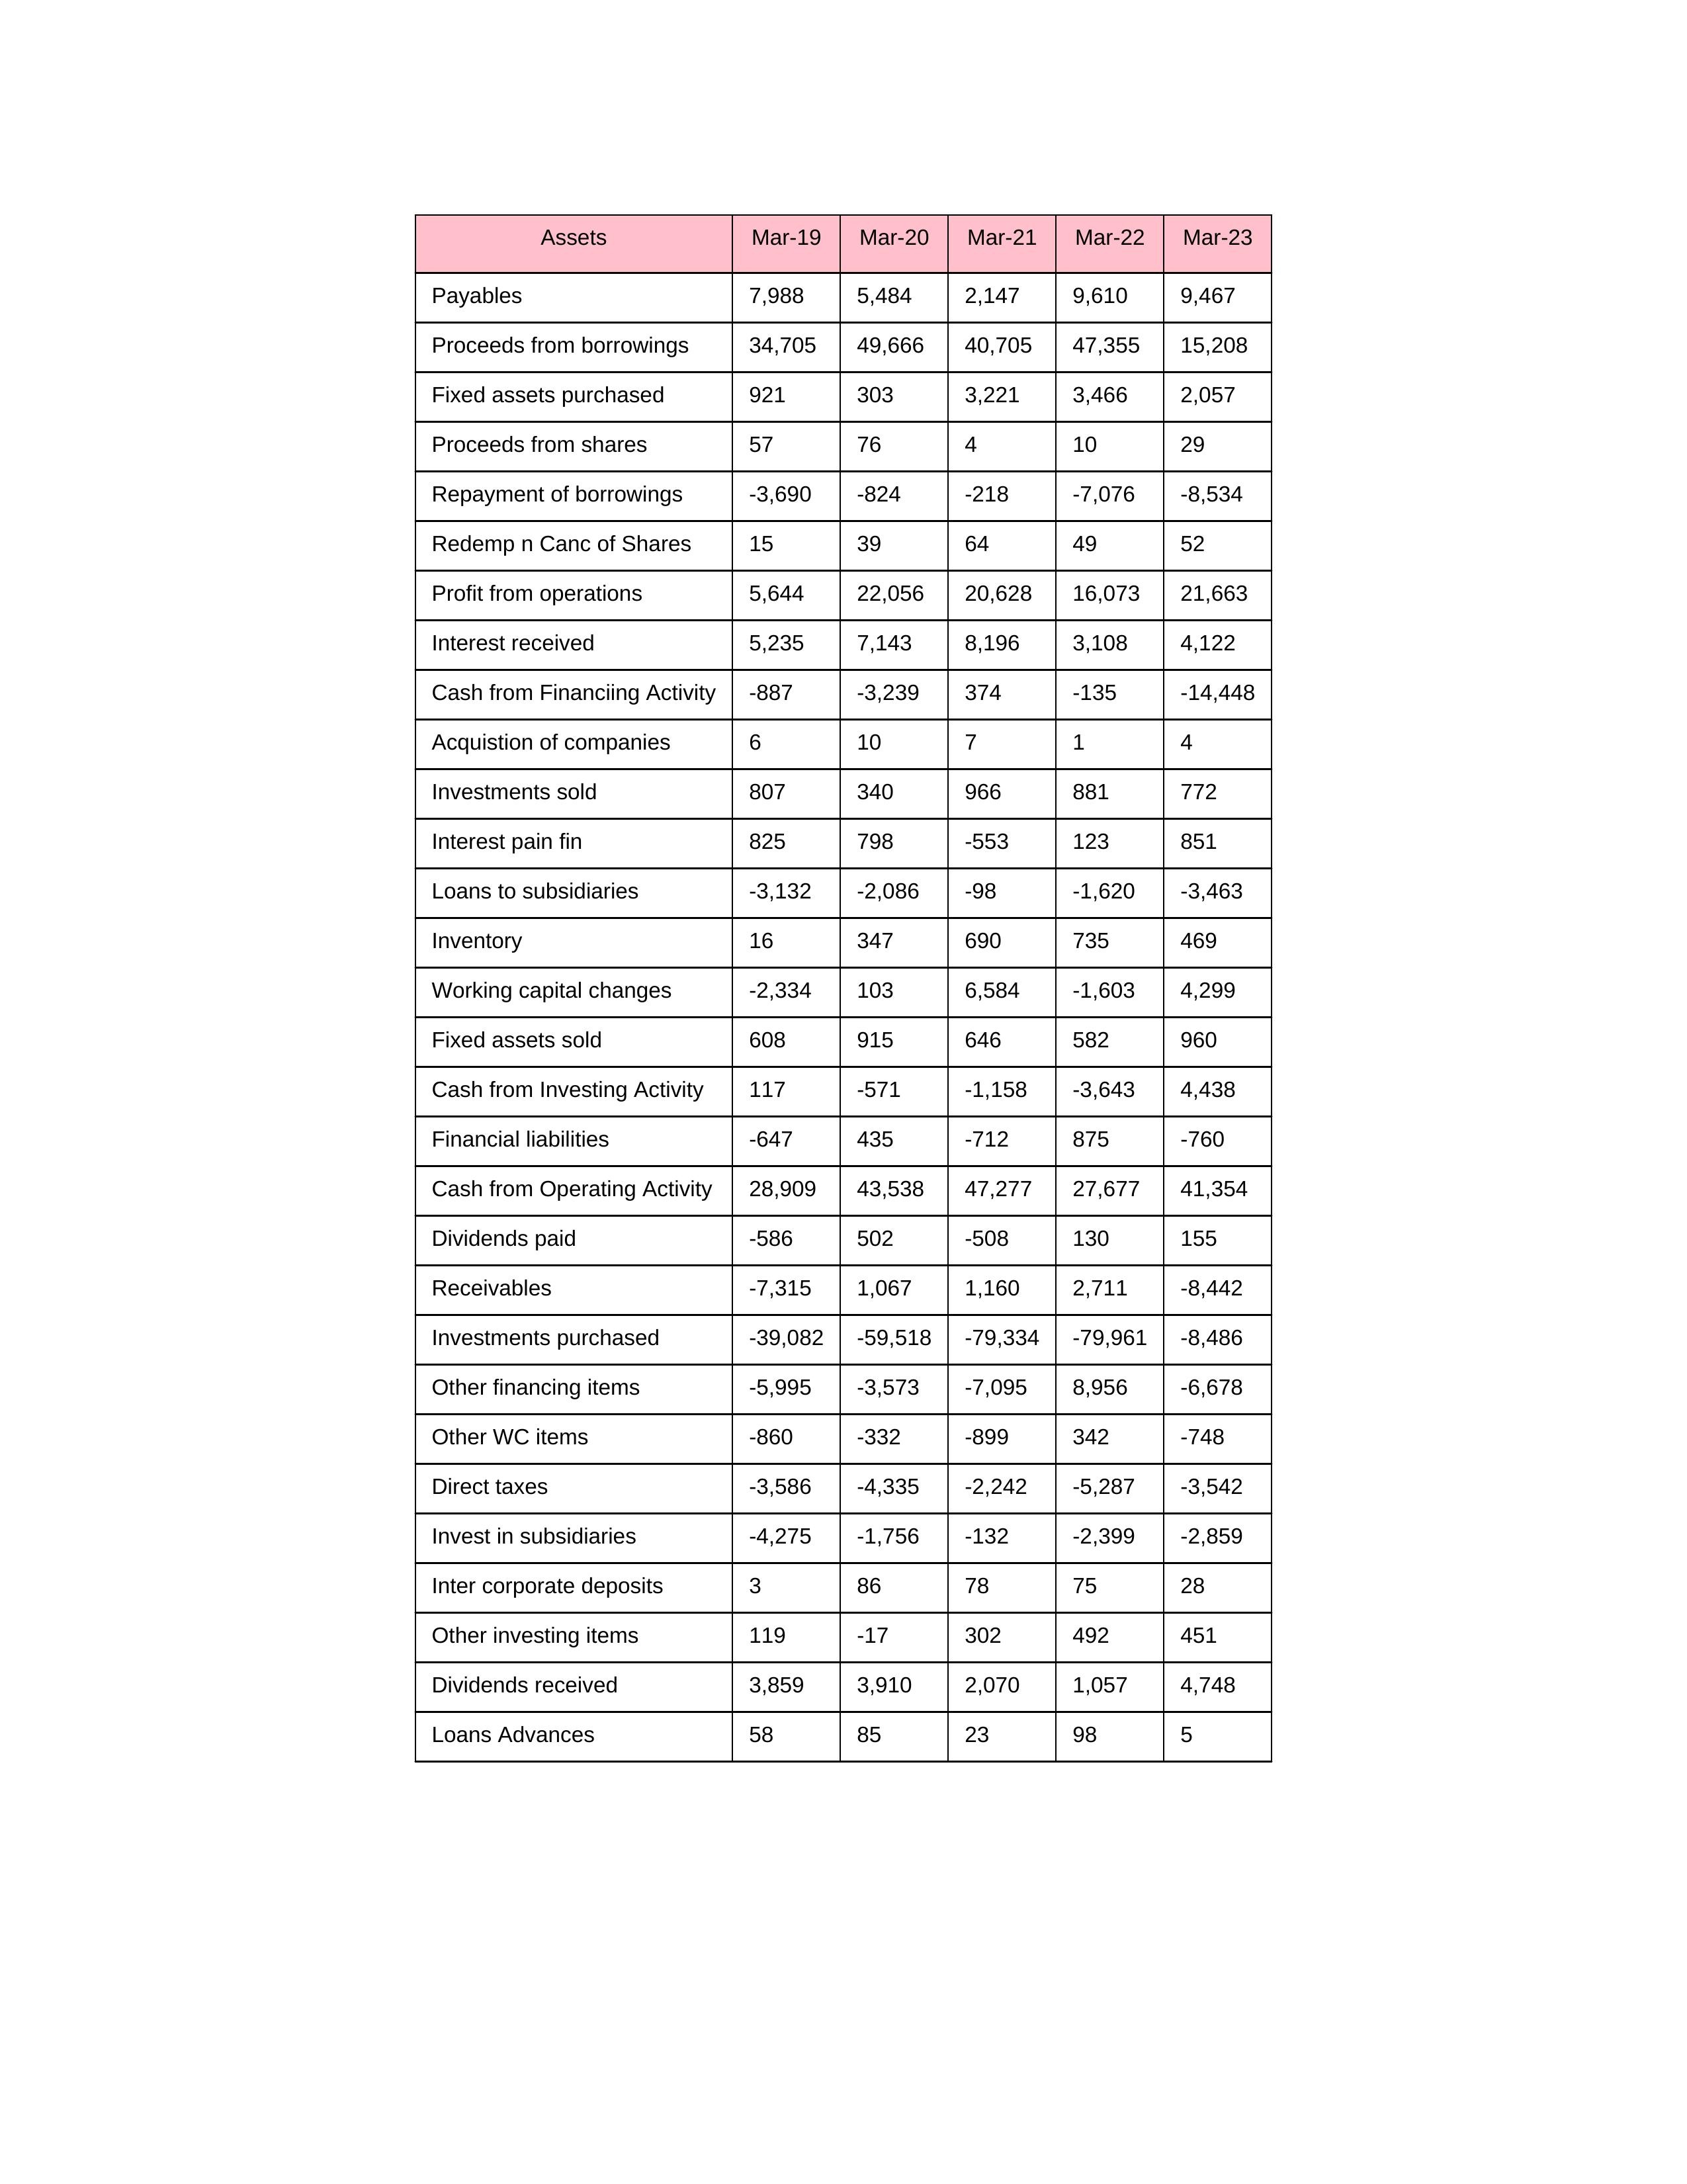
gt_parse: Mar-19: Cash from Operating Activity: 28,909
Profit from operations: 5,644
Receivables: -7,315
Inventory: 16
Payables: 7,988
Loans Advances: 58
Other WC items: -860
Working capital changes: -2,334
Direct taxes: -3,586
Cash from Investing Activity: 117
Fixed assets purchased: 921
Fixed assets sold: 608
Investments purchased: -39,082
Investments sold: 807
Interest received: 5,235
Dividends received: 3,859
Invest in subsidiaries: -4,275
Loans to subsidiaries: -3,132
Redemp n Canc of Shares: 15
Acquistion of companies: 6
Inter corporate deposits: 3
Other investing items: 119
Cash from Financiing Activity: -887
Proceeds from shares: 57
Proceeds from borrowings: 34,705
Repayment of borrowings: -3,690
Interest pain fin: 825
Dividends paid: -586
Financial liabilities: -647
Other financing items: -5,995
Mar-20: Cash from Operating Activity: 43,538
Profit from operations: 22,056
Receivables: 1,067
Inventory: 347
Payables: 5,484
Loans Advances: 85
Other WC items: -332
Working capital changes: 103
Direct taxes: -4,335
Cash from Investing Activity: -571
Fixed assets purchased: 303
Fixed assets sold: 915
Investments purchased: -59,518
Investments sold: 340
Interest received: 7,143
Dividends received: 3,910
Invest in subsidiaries: -1,756
Loans to subsidiaries: -2,086
Redemp n Canc of Shares: 39
Acquistion of companies: 10
Inter corporate deposits: 86
Other investing items: -17
Cash from Financiing Activity: -3,239
Proceeds from shares: 76
Proceeds from borrowings: 49,666
Repayment of borrowings: -824
Interest pain fin: 798
Dividends paid: 502
Financial liabilities: 435
Other financing items: -3,573
Mar-21: Cash from Operating Activity: 47,277
Profit from operations: 20,628
Receivables: 1,160
Inventory: 690
Payables: 2,147
Loans Advances: 23
Other WC items: -899
Working capital changes: 6,584
Direct taxes: -2,242
Cash from Investing Activity: -1,158
Fixed assets purchased: 3,221
Fixed assets sold: 646
Investments purchased: -79,334
Investments sold: 966
Interest received: 8,196
Dividends received: 2,070
Invest in subsidiaries: -132
Loans to subsidiaries: -98
Redemp n Canc of Shares: 64
Acquistion of companies: 7
Inter corporate deposits: 78
Other investing items: 302
Cash from Financiing Activity: 374
Proceeds from shares: 4
Proceeds from borrowings: 40,705
Repayment of borrowings: -218
Interest pain fin: -553
Dividends paid: -508
Financial liabilities: -712
Other financing items: -7,095
Mar-22: Cash from Operating Activity: 27,677
Profit from operations: 16,073
Receivables: 2,711
Inventory: 735
Payables: 9,610
Loans Advances: 98
Other WC items: 342
Working capital changes: -1,603
Direct taxes: -5,287
Cash from Investing Activity: -3,643
Fixed assets purchased: 3,466
Fixed assets sold: 582
Investments purchased: -79,961
Investments sold: 881
Interest received: 3,108
Dividends received: 1,057
Invest in subsidiaries: -2,399
Loans to subsidiaries: -1,620
Redemp n Canc of Shares: 49
Acquistion of companies: 1
Inter corporate deposits: 75
Other investing items: 492
Cash from Financiing Activity: -135
Proceeds from shares: 10
Proceeds from borrowings: 47,355
Repayment of borrowings: -7,076
Interest pain fin: 123
Dividends paid: 130
Financial liabilities: 875
Other financing items: 8,956
Mar-23: Cash from Operating Activity: 41,354
Profit from operations: 21,663
Receivables: -8,442
Inventory: 469
Payables: 9,467
Loans Advances: 5
Other WC items: -748
Working capital changes: 4,299
Direct taxes: -3,542
Cash from Investing Activity: 4,438
Fixed assets purchased: 2,057
Fixed assets sold: 960
Investments purchased: -8,486
Investments sold: 772
Interest received: 4,122
Dividends received: 4,748
Invest in subsidiaries: -2,859
Loans to subsidiaries: -3,463
Redemp n Canc of Shares: 52
Acquistion of companies: 4
Inter corporate deposits: 28
Other investing items: 451
Cash from Financiing Activity: -14,448
Proceeds from shares: 29
Proceeds from borrowings: 15,208
Repayment of borrowings: -8,534
Interest pain fin: 851
Dividends paid: 155
Financial liabilities: -760
Other financing items: -6,678